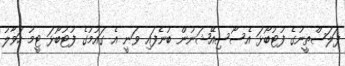
ފަލަސްތީނުގެ ފުޓުބޯޅަ އެސޯސިއޭޝަނުން ބުނެފައި ވަނީ އެ ގައުމުގެ ފުޓުބޯޅަ ޓީމު ހަވާލު